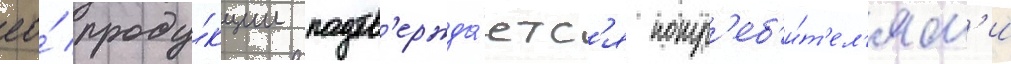
ео́ проду́кции подтв'ержда́етс'я потр'еб'и́т'ел'ям'и